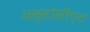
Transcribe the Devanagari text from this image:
अस्सोसीएट